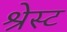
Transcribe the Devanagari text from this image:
श्रेस्ट